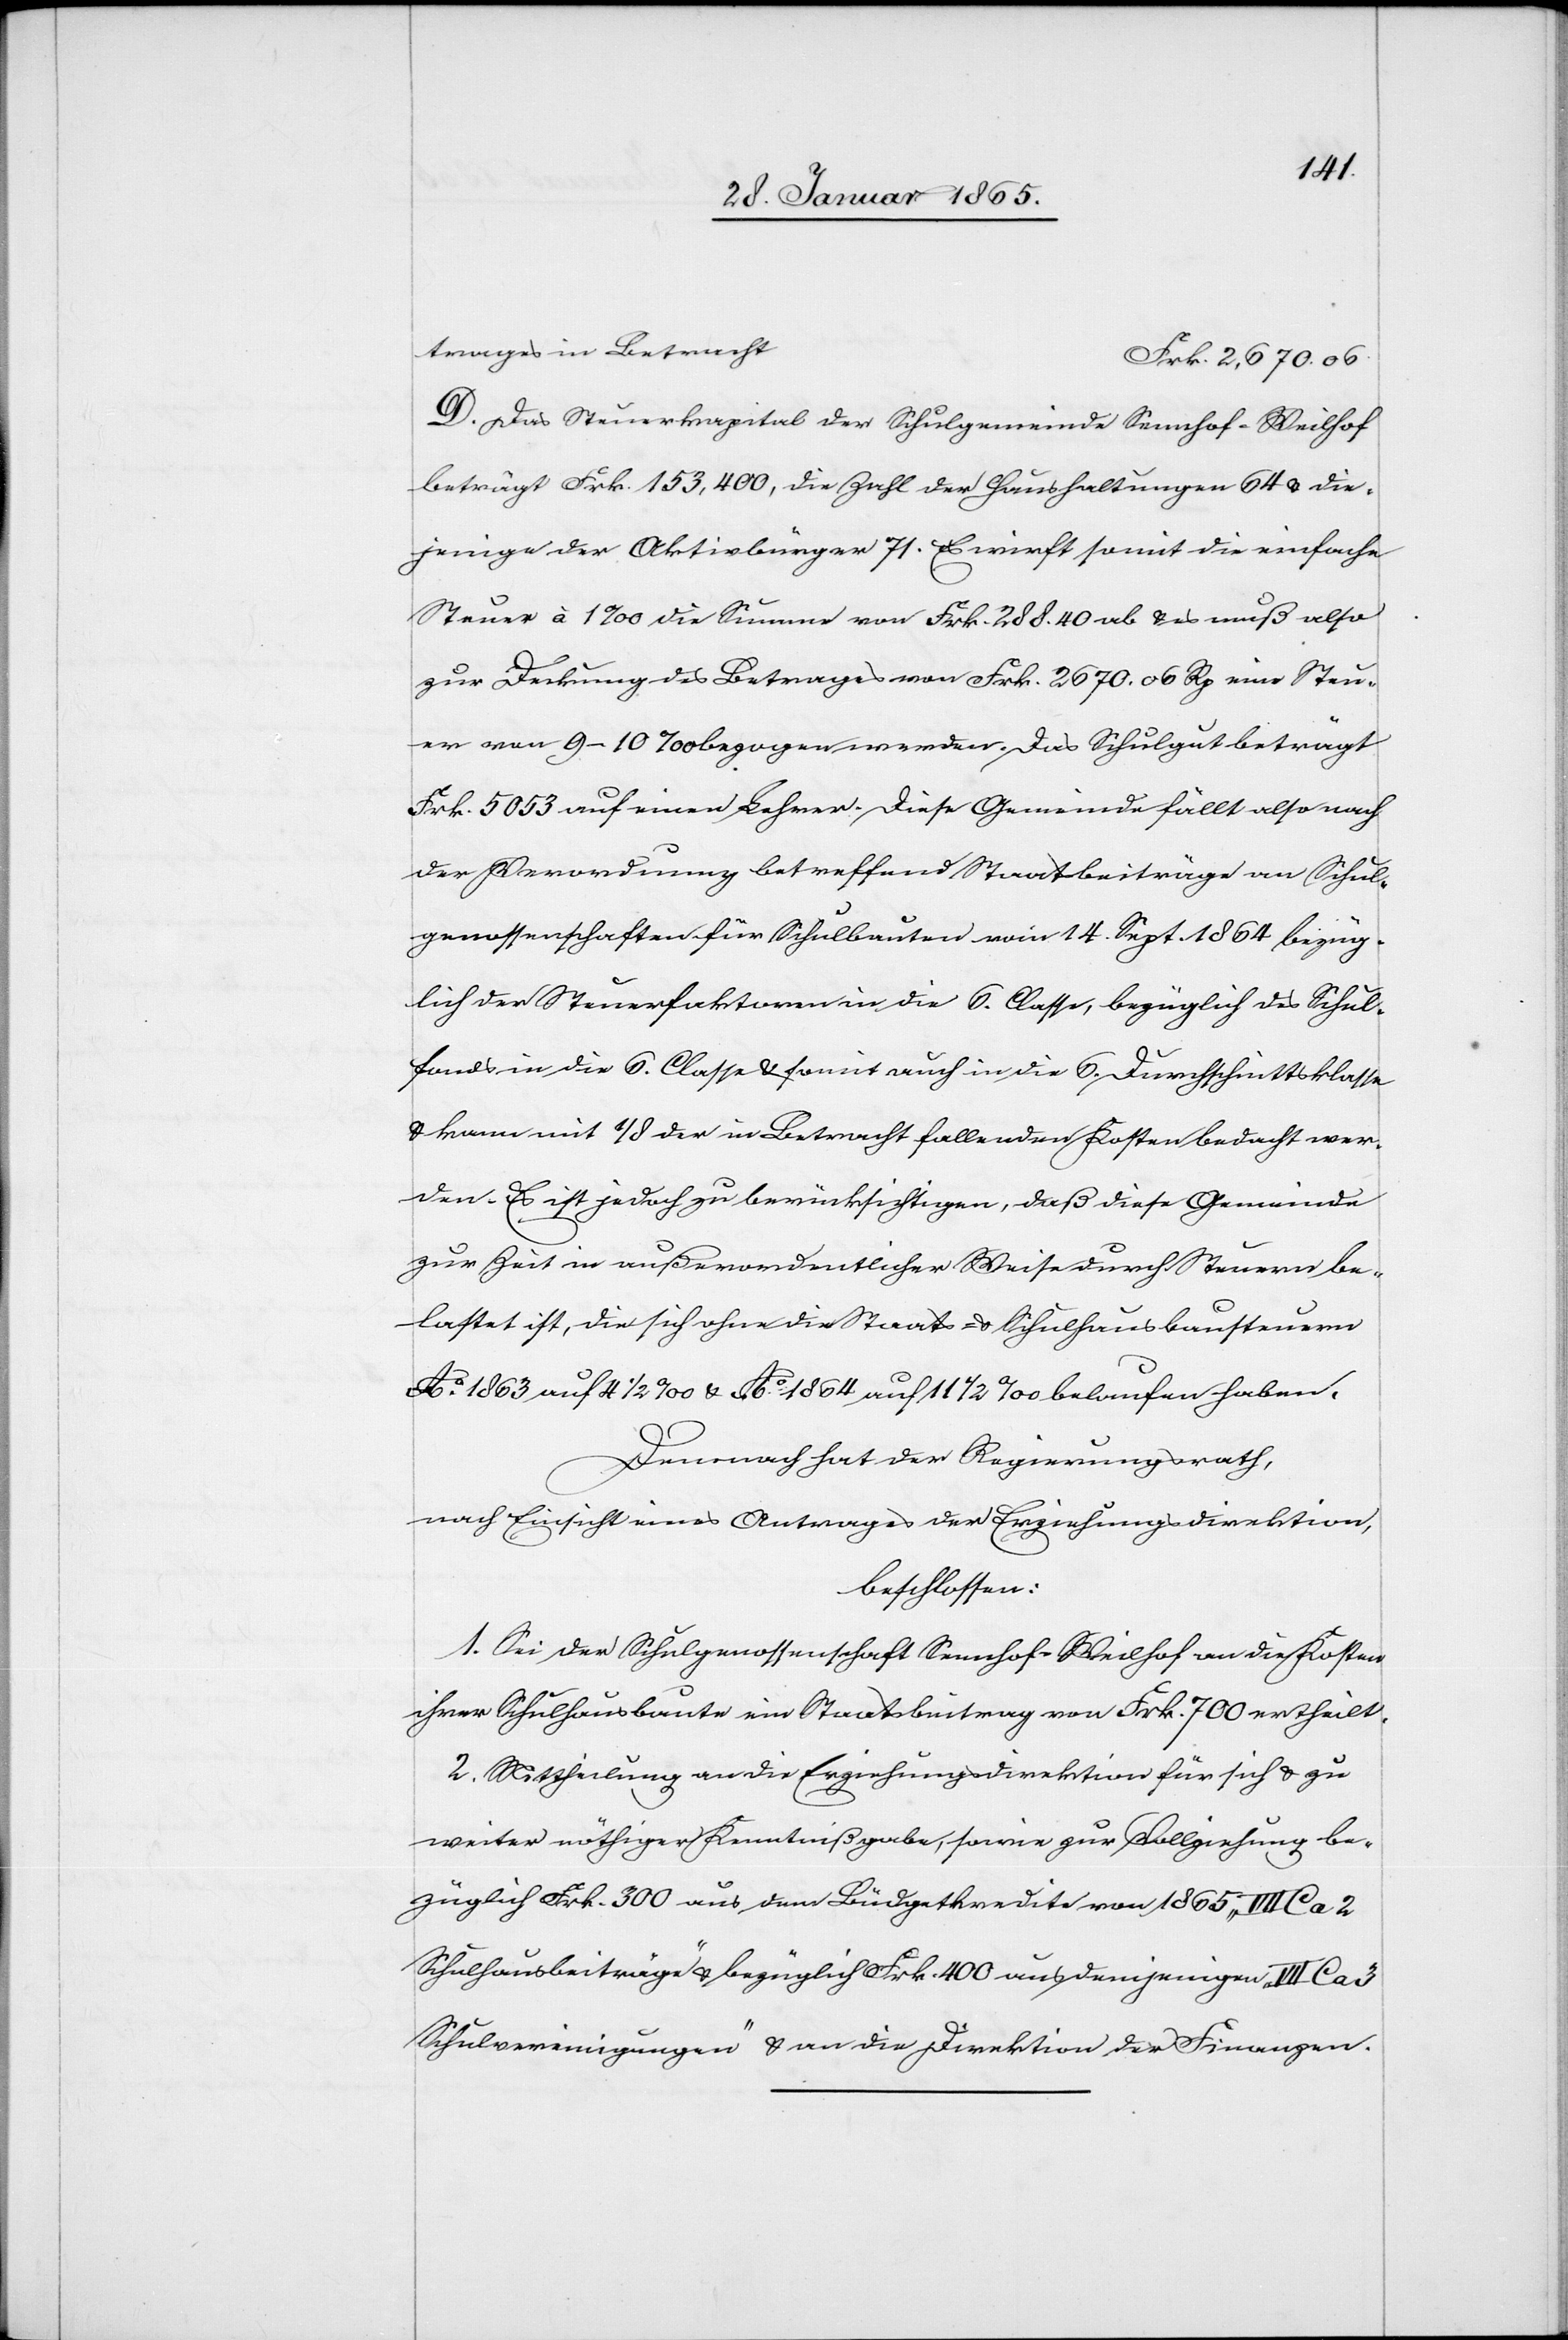
trages in Betracht
D. Das Steuerkapital der Schulgemeinde Sennhof-Weilhof
beträgt Frk. 153,400, die Zahl der Haushaltungen 64 u. die¬
jenige der Aktivbürger 71. Es wirft somit die einfache
Steuer à 1 ‰ die Summe von Frk. 288. 40 ab u. es muß also
zur Deckung des Betrages von Frk. 2670. 06 Rp eine Steu¬
er von 9–10 ‰ bezogen werden. Das Schulgut beträgt
Frk. 5053 auf einen Lehrer. Diese Gemeinde fällt also nach
der Verordnung betreffend Staatsbeiträge an Schul¬
genossenschaften für Schulbauten vom 14. Sept. 1864 bezüg¬
lich der Steuerfaktoren in die 6. Classe, bezüglich des Schul¬
fonds in die 6. Classe u. somit auch in die 6. Durchschnittsklasse
u. kann mit 1/8 der in Betracht fallenden Kosten bedacht wer¬
den. Es ist jedoch zu berücksichtigen, daß diese Gemeinde
zur Zeit in außerordentlicher Weise durch Steuern be¬
lastet ist, die sich ohne die Staats- u. Schulhausbausteuern
Ao 1863 auf 4 ½ ‰ u. Ao 1864 auf 11 ½ ‰ belaufen haben.
Demnach hat der Regierungsrath,
nach Einsicht eines Antrages der Erziehungsdirektion,
beschlossen:
1. Sei der Schulgenossenschaft Sennhof-Weilhof an die Kosten
ihrer Schulhausbaute ein Staatsbeitrag von Frk. 700 ertheilt.
2. Mittheilung an die Erziehungsdirektion für sich u. zu
weiter nöthiger Kenntnißgabe, sowie zur Vollziehung be¬
züglich Frk. 300 aus dem Büdgetkredite von 1865 „III C a 2
Schulhausbeiträge“ u. bezüglich Frk. 400 aus demjenigen „VII C a 3
Schulvereinigungen“ u. an die Direktion der Finanzen.